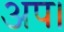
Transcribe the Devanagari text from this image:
अप।